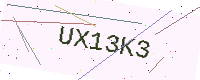
Text: UX13K3